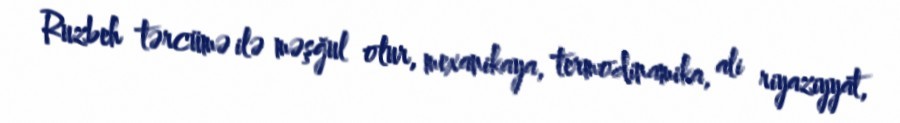
Ruzbeh tərcümə ilə məşğul olur, mexanikaya, termodinamika, ali riyaziyyat,